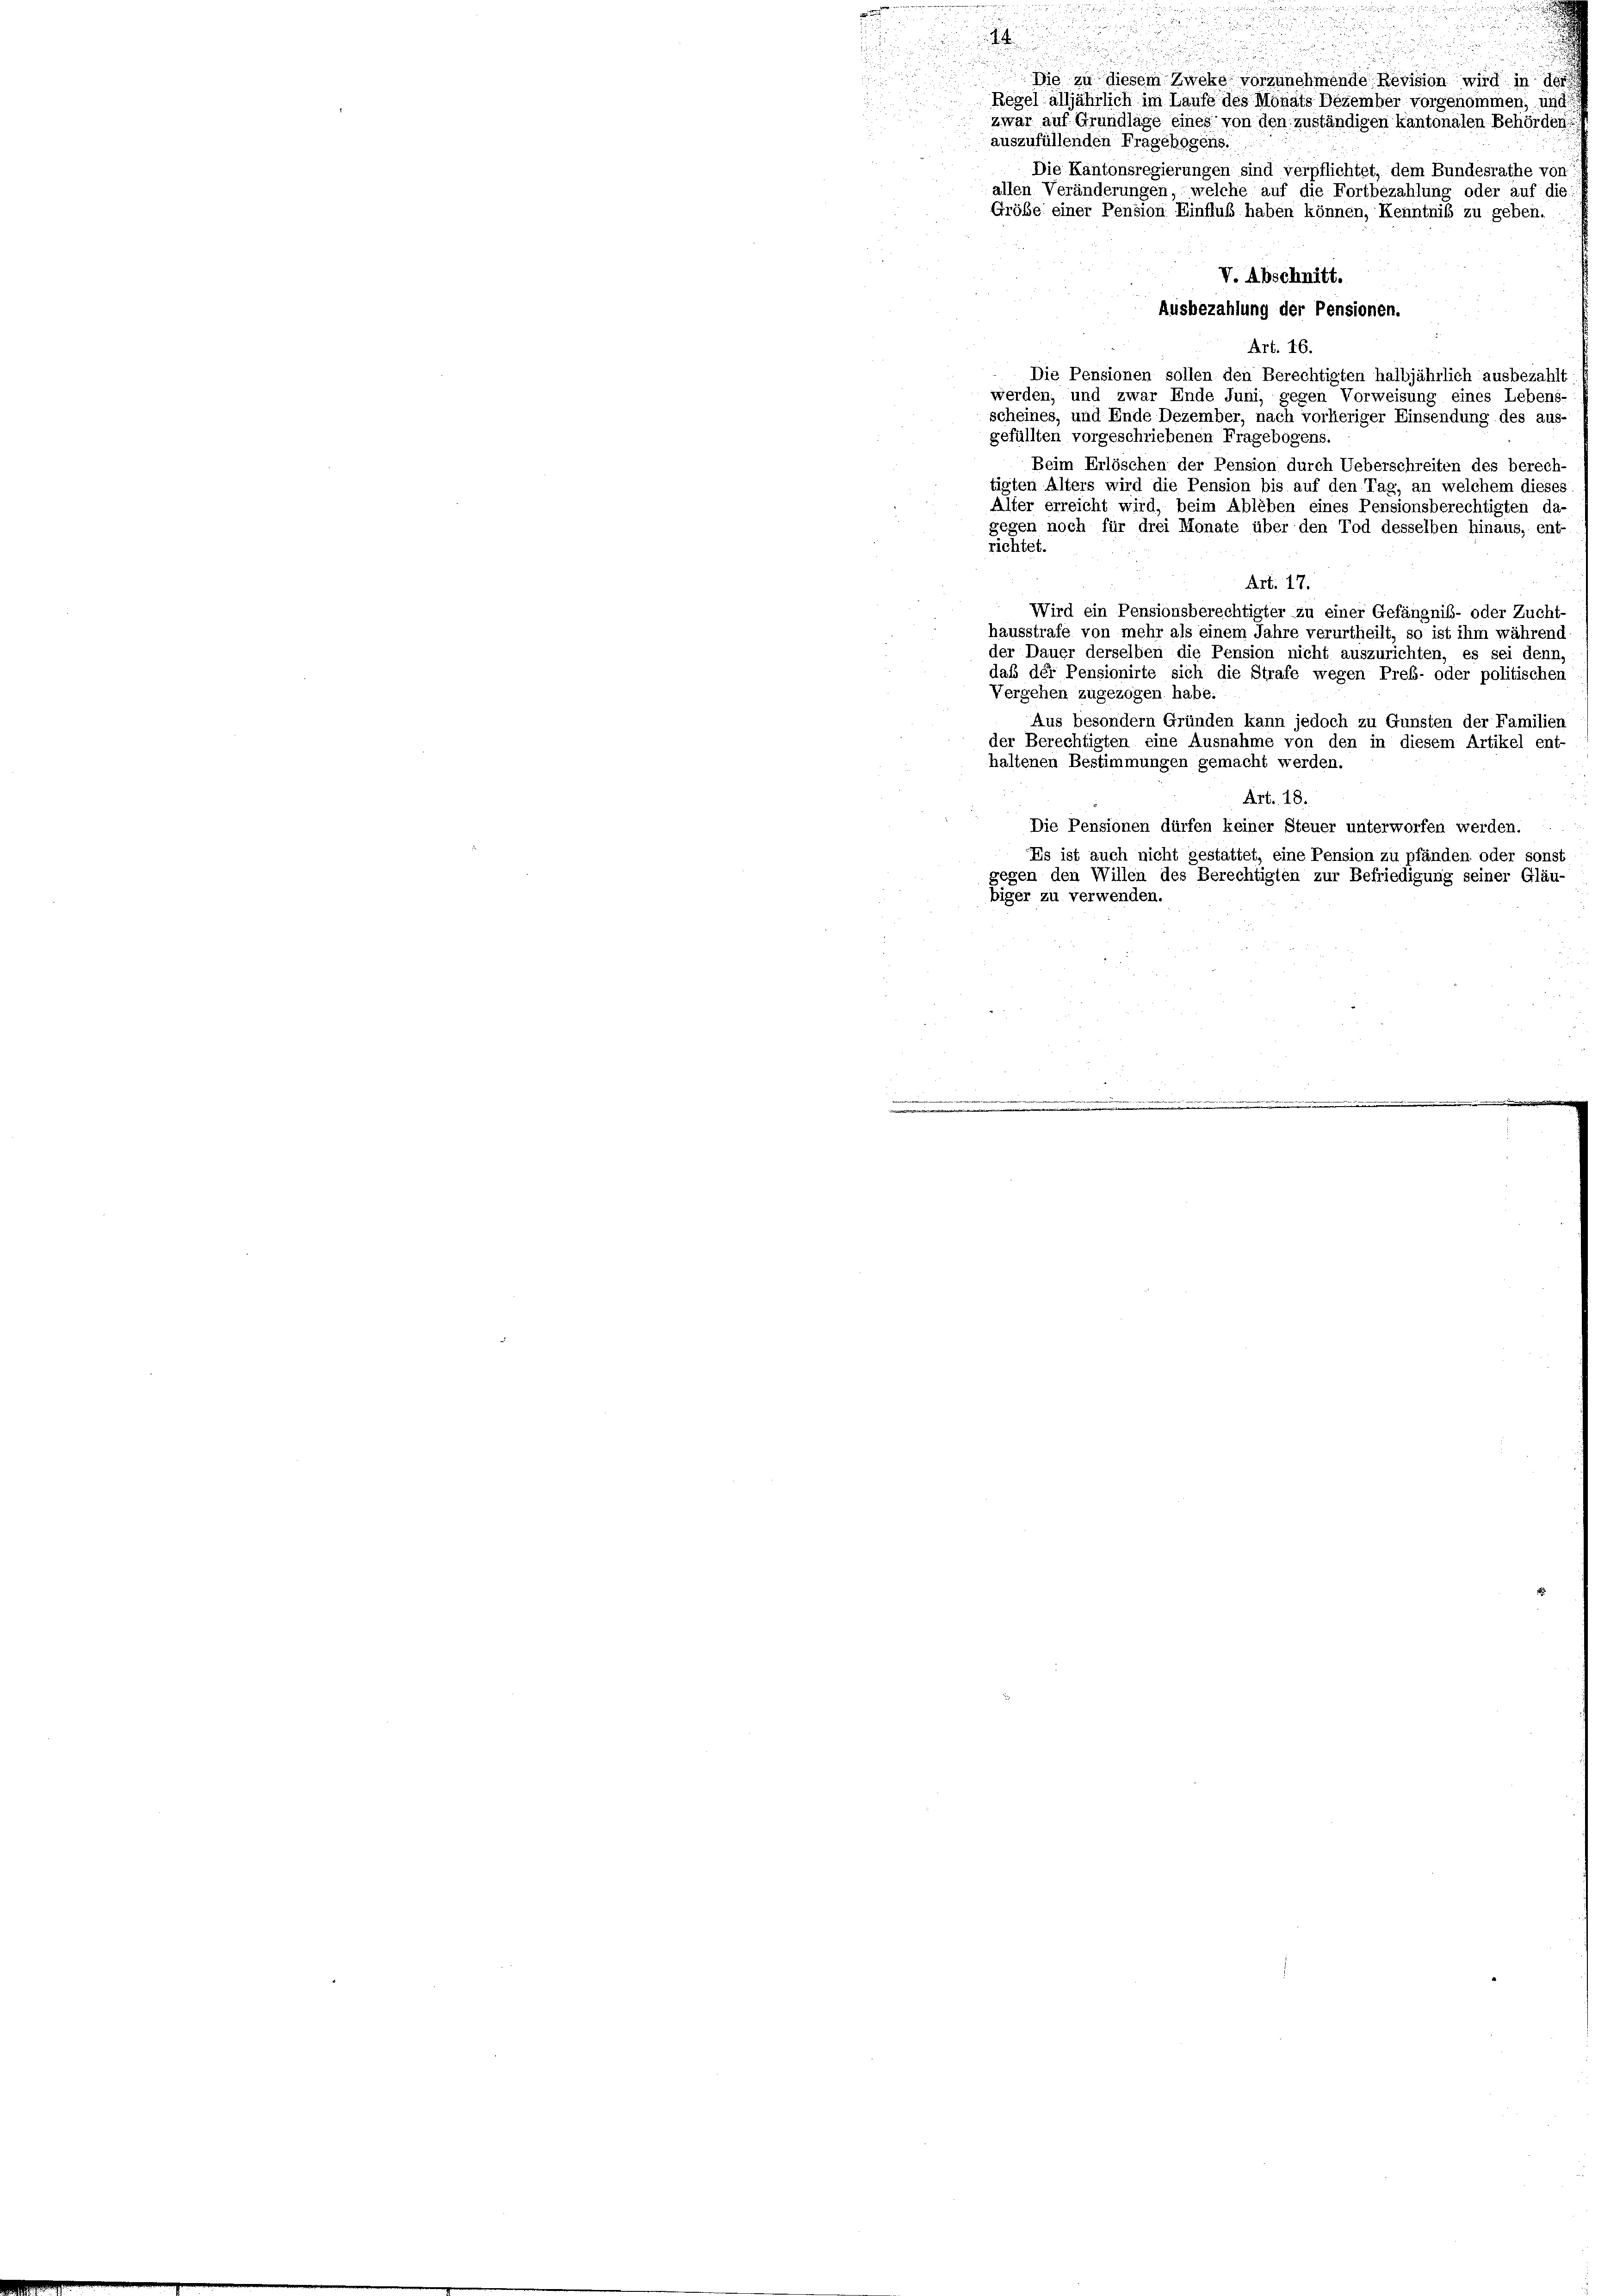
Gröbe einer Pension Einflub haben können, Kenntniß zu geben.
V. Abschnitt.
Ausbezahlung der Pensionen.
Art. 16.
Die Pensionen sollen den Berechtigten halbjährlich ausbezahlt
werden, und zwar Ende Juni, gegen Vorweisung eines Lebens
scheines, und Ende Dezember, nach vorheriger Einsendung des aus-
gefüllten vorgeschriebenen Fragebogens.
Beim Erlöschen der Pension durch Ueberschreiten des berech-
tigten Alters wird die Pension bis auf den Tag, an welchem dieses
Alter erreicht wird, beim Ableben eines Pensionsberechtigten da-
gegen noch für drei Monate über den Tod desselben hinaus, ent-
richtet.
Art. 17.
Wird ein Pensionsberechtigter zu einer Gefängnib- oder Zucht-
hausstrafe von mehr als einem Jahre verurtheilt, so ist ihm während
der Dauer derselben die Pension nicht auszurichten, es sei denn,
daß der Pensionirte sich die Strafe wegen Preb- oder politischen
Vergehen zugezogen habe.
Aus besondern Gründen kann jedoch zu Gunsten der Familien
der Berechtigten eine Ausnahme von den in diesem Artikel ent-
haltenen Bestimmungen gemacht werden.
 5
Art. 18.
Die Pensionen dürfen keiner Steuer unterworfen werden.
Es ist auch nicht gestattet, eine Pension zu pfänden oder sonst
gegen den Willen des Berechtigten zur Befriedigung seiner Gläu-
biger zu verwenden.
.

d
d
Die zu diesem Zweke vorzunehmende Revision wird in der
Regel alljährlich im Laufe des Monats Dezember vorgenommen, und
zwar auf Grundlage eines von den zuständigen kantonalen Behörden,
auszufüllenden Fragebogens.
Die Kantonsregierungen sind verpflichtet, dem Bundesrathe von
allen Veränderungen, welche auf die Fortbezahlung oder auf die